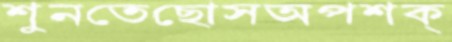
শুনতেছোসঅপশক্